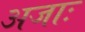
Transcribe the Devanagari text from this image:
अजाः